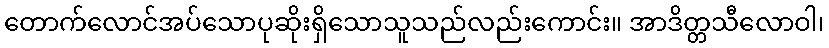
တောက်လောင်အပ်သောပုဆိုးရှိသောသူသည်လည်းကောင်း။ အာဒိတ္တသီလောဝါ၊